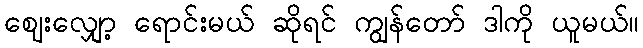
ဈေးလျှော့ ရောင်းမယ် ဆိုရင် ကျွန်တော် ဒါကို ယူမယ်။